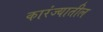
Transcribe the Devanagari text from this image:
कारंज्यातील